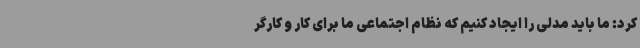
کرد: ما باید مدلی را ایجاد کنیم که نظام اجتماعی ما برای کار و کارگر